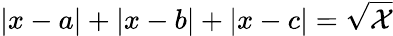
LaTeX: \left|x-a\right|+\left|x-b\right|+\left|x-c\right|=\sqrt{\mathcal{X}}